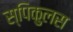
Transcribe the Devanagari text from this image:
स्पिकुलस